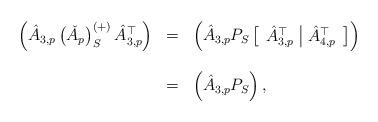
LaTeX: \begin{align*}\begin{array}{rcl}\left(\hat{A}_{3,p}\left(\check{A}_{p}\right)_{S}^{\left(+\right)}\hat{A}_{3,p}^{\top}\right) & = & \left(\hat{A}_{3,p}P_{S}\left[\begin{array}{c|c}\hat{A}_{3,p}^{\top} & \hat{A}_{4,p}^{\top}\end{array}\right]\right)\\\\ & = & \left(\hat{A}_{3,p}P_{S}\right),\end{array}\end{align*}